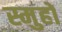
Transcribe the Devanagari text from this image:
स्मुहों